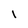
Character: l